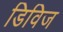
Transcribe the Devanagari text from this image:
डिविज